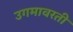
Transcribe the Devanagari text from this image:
उगमावरती